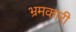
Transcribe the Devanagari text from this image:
भ्रमकारी